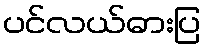
ပင်လယ်ဓားပြ